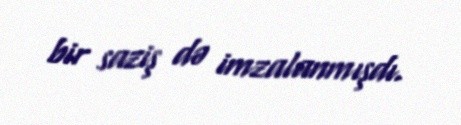
bir saziş də imzalanmışdı.